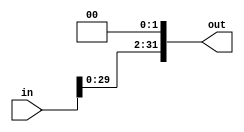
module shift_two (
  input wire [31:0] in,
  output wire [31:0] out
);
  assign out = in << 2;
endmodule